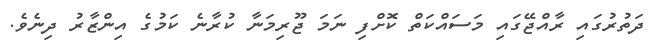
ދަތުރުގައި ރާއްޖޭގައި މަސައްކަތް ކޮށްފި ނަމަ ޖޫރިމަނާ ކުރާނެ ކަމުގެ އިންޒާރު ދިނެވެ.